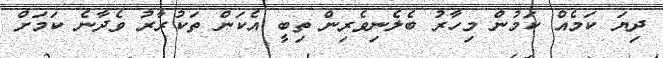
ދިޔަ ކަމެއް ކަމުން މިހާރު ބެލެނިވެރިން ތިބީ އެކަން ތަކުރާރު ވެދާނެ ކަމަށް